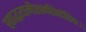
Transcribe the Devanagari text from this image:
स्वपद्धत्यामीशानशिवदेशिकः।।